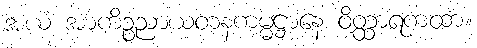
အယံ အာကိဉ္စညာယတနကမ္မဋ္ဌာနေ ဝိတ္ထာရကထာ။